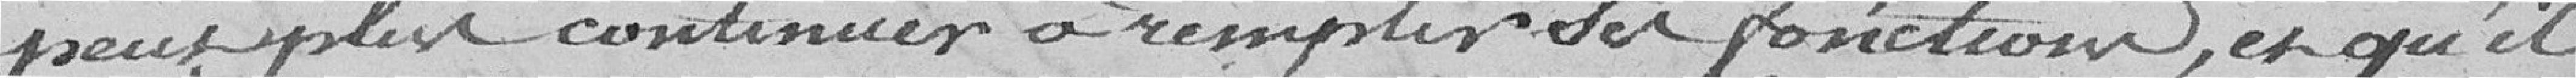
peut plus continuer à remplir ses fonctions, et qu'il